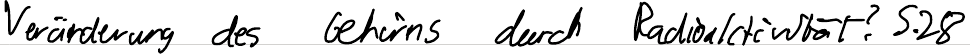
Veränderung des Gehirns durch Radioaktivität? S.28